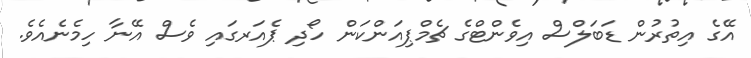
އޭގެ އިތުރުން ޑަބަލްސް އިވެންޓްގެ ޗެމްޕިއަންކަން ހޯދި ޕެއަރގައި ވެސް އޭނާ ހިމެނެއެވެ.